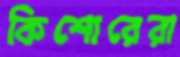
কিশোরেরা